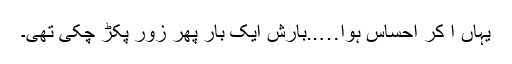
یہاں آ کر احساس ہوا…..بارش ایک بار پھر زور پکڑ چکی تھی۔